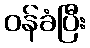
ဝန်ခံပြီး